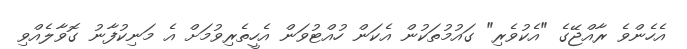
އެހެންވެ ރާއްޖޭގެ "އެކުވެރި" ގައުމުތަކުން އެކަން ހުއްޓުވަން އެހީތެރިވުމަށް އެ މަނިކުފާނު ގޮވާލެއްވި